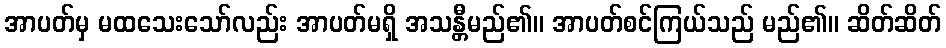
အာပတ်မှ မထသေးသော်လည်း အာပတ်မရှိ အသန္တီမည်၏။ အာပတ်စင်ကြယ်သည် မည်၏။ ဆိတ်ဆိတ်